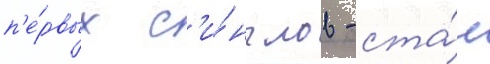
п'е́рвых с'и́нглов - ста́л